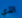
الذي